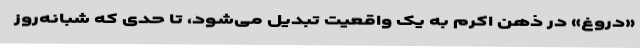
«دروغ» در ذهن اکرم به یک واقعیت تبدیل می‌شود، تا حدی که شبانه‌روز